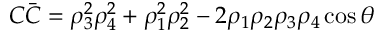
C \bar { C } = \rho _ { 3 } ^ { 2 } \rho _ { 4 } ^ { 2 } + \rho _ { 1 } ^ { 2 } \rho _ { 2 } ^ { 2 } - 2 \rho _ { 1 } \rho _ { 2 } \rho _ { 3 } \rho _ { 4 } \cos { \theta }